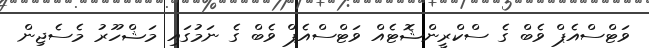
ވަޓްސްއެޕް ވެބް ގެ ސްކްރީންޝޮޓެއް ވަޓްސްއެޕް ވެބް ގެ ނަމުގައި މަޝްހޫރު މެސެޖިން